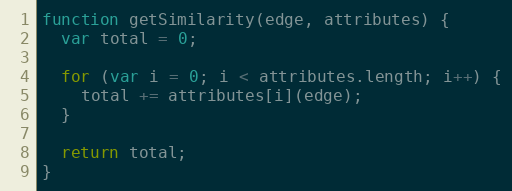
Language: JavaScript
function getSimilarity(edge, attributes) {
  var total = 0;

  for (var i = 0; i < attributes.length; i++) {
    total += attributes[i](edge);
  }

  return total;
}